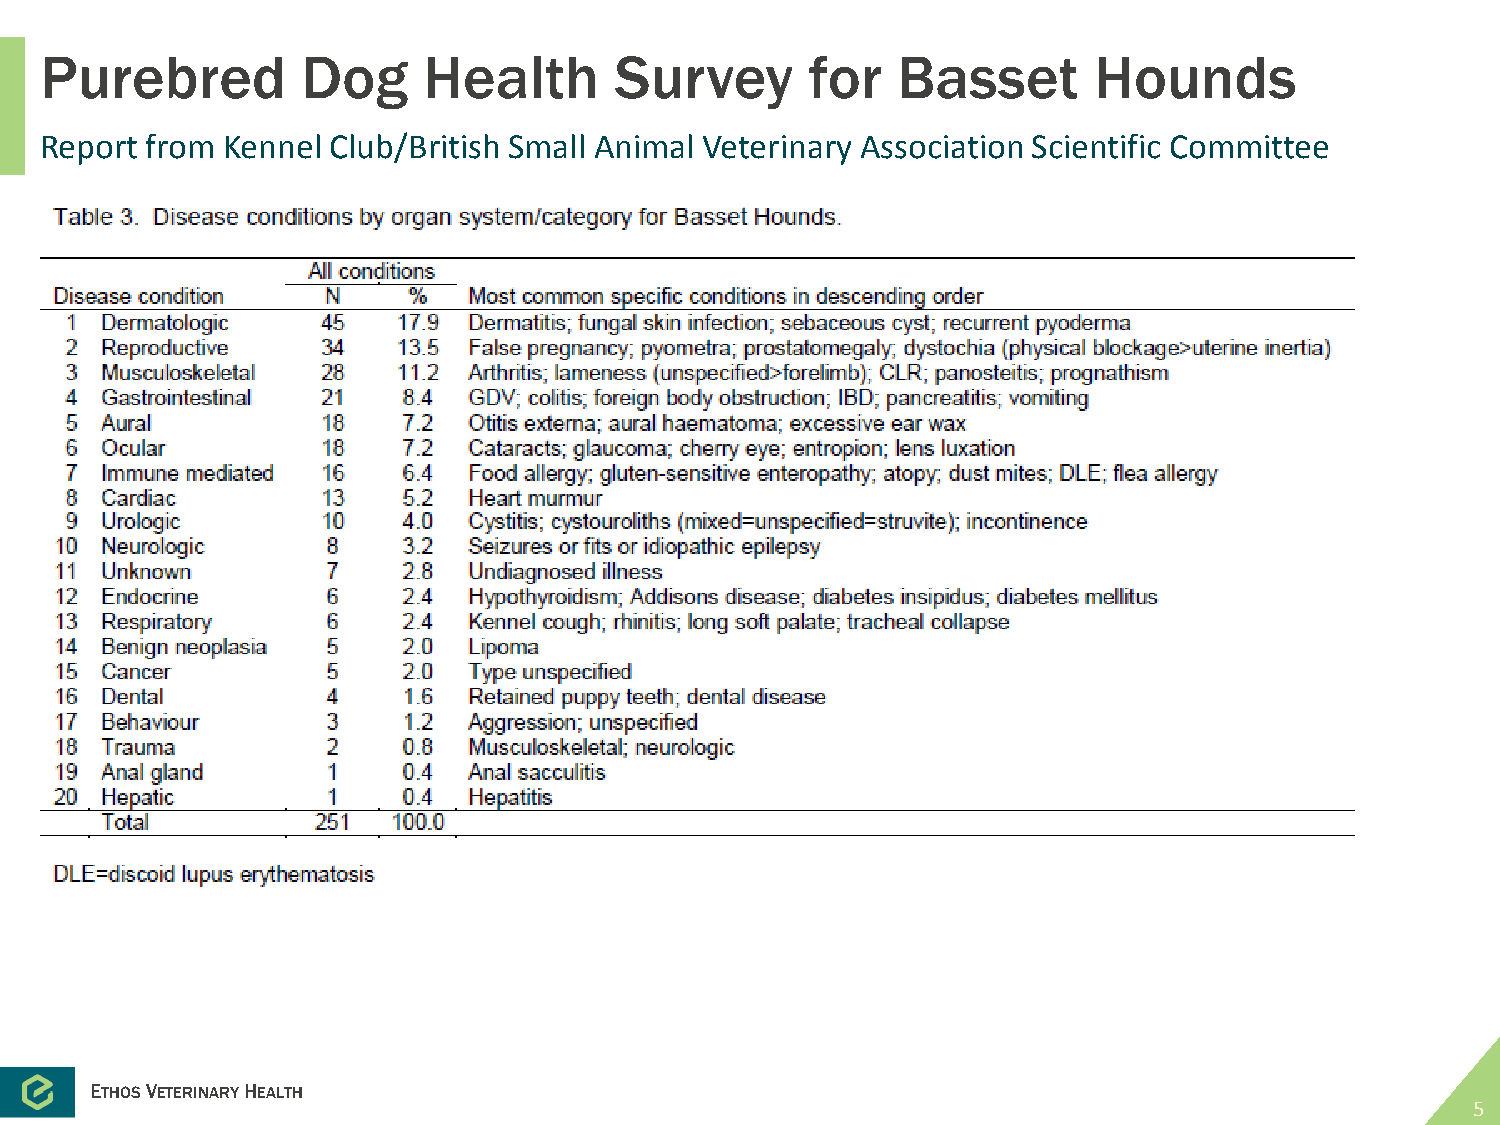
Purebred         Dog     Health       Survey       for  Basset       Hounds
 Report from Kennel Club/British Small Animal Veterinary Association Scientific Committee
 •  Causes        of  illness      in  Basset      Hounds
 •
 ETHOSVETERINARYHEALTH
 5